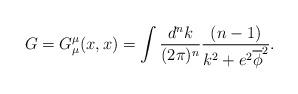
LaTeX: \begin{align*}G=G^\mu_\mu(x,x) = \int \frac{d^nk}{(2\pi)^n}\frac{(n-1)}{k^2+e^2\overline\phi^2}.\end{align*}